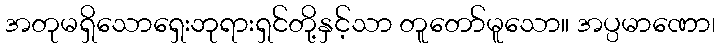
အတုမရှိသောရှေးဘုရားရှင်တို့နှင့်သာ တူတော်မူသော။ အပ္ပမာဏော၊